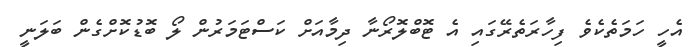
އެހީ ހަމަތެކެވެ ފިހާރަތެރޭގައި އެ ޓޮބްލޮރޯނާ ދިމާއަށް ކަސްޓަމަރުން ލޯ ބޮޑުކޮށްގެން ބަލަނީ